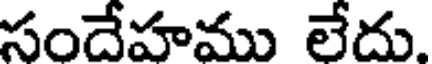
సందేహము లేదు.